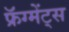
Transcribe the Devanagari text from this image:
फ्रॅग्मेंट्स